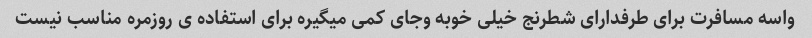
واسه مسافرت برای طرفدارای شطرنج خیلی خوبه وجای کمی میگیره برای استفاده ی روزمره مناسب نیست